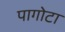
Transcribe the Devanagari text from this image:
पागोटा